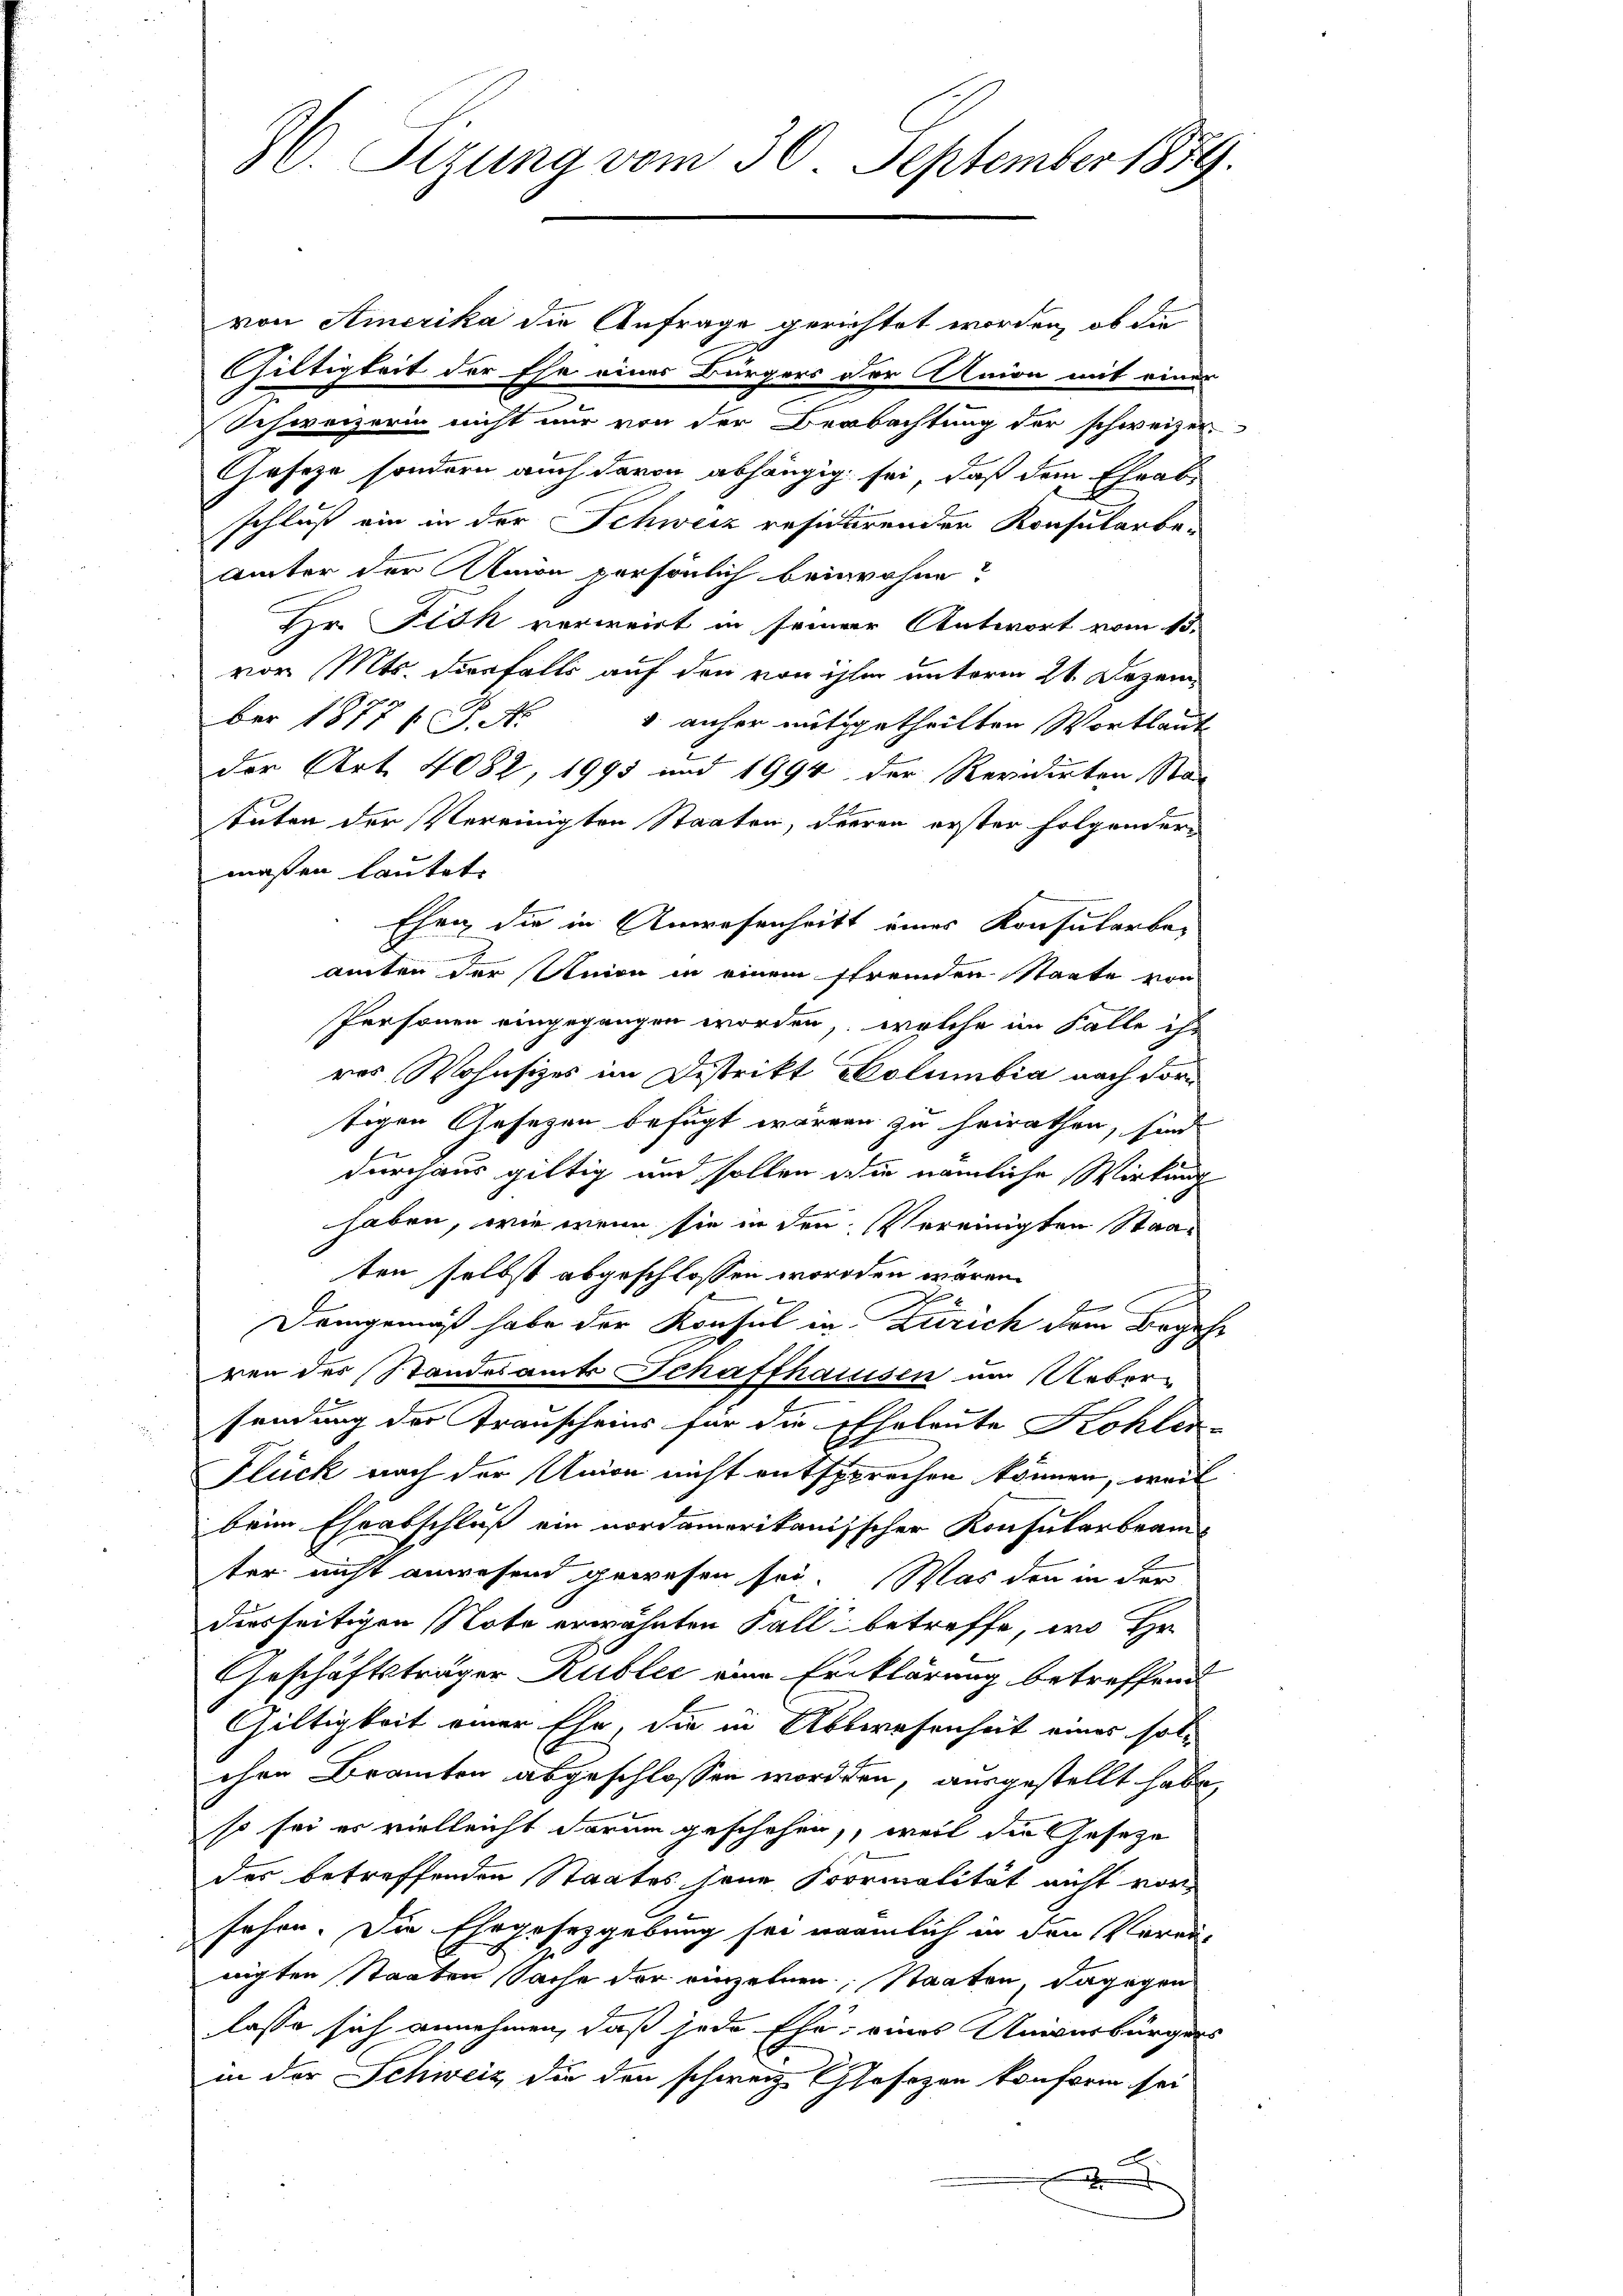
86. Sizung vom 30. September 1859.

von Amerika die Anfrage gerichtet worden, ob die
Gültigkeit der Ehe eines Bürgers der Union mit einer
Schweizerin nicht nur von der Beobachtung der schweizer-
Geseze sondern auch davon abhängig sei, daß dem Eheab-
schluß ein in der Schweiz residirenden Konsularbe
Unter der Union persönlich beiwohne?
Hr. Fick verweist in seiner Antwort vom 15.
vor. Mts. diesfalls auf den von ihrer unterm 21. Dezember 1877 f. J. N. 5 anher mitgetheilten Wortlaut
der Art. 4082, 1995 und 1994 der Revidirten Stad
tuten der Vereinigten Staaten, dieren erster folgender
maßen lautet.
Ehen die in Anwesenheitt eines Konsularbe-
amten der Union in einem ffremden Staate von
Personen eingegangen worden, welche im Falle ihr
res Wohnsizes im Distrikt Molumbia nach vortigen Gesezen befugt wären zu heirathen, sind
durchaus giltig und sollen die nämliche Wirkung
haben, wie wenn sie in den Vereinigten Staaten selbst abgeschlossen worden wären.
e
d
Demgemäß habe der Konsul in Zürich dem Begehr
ren der Standesamts Schaffhausen im Uebersendung der Trauscheins für die Eheleute Kohlen-
Flück nach der Union nicht entsprechen können, weil
beim Eheabschluß ein nordamerikanisscher Konsularbeamter nicht anwesend gewesen sei. Was den in der
diesseitigen Note erwähnten Fall betreffe, wo Hr.
Geschäftsträger Rubler eine Erklärung betreffend
Gültigkeit einer Ehe, die in Abwesenheit eines sol-
chen Branten abgeschlossen worden, ausgestellt habe,
so sei er vielleicht darum geschehen, weil die Geseze
des betreffenden Staates jene Formalität nicht vor
sehen. Die Ehegesetzgebung sei nämlich in den Voreih
d
nigten Staaten Sache der einzelnen, Staaten dagegen
lasse sich annehmen, daß jede Ehe, eines Univerbürgers
in der Schweiz die den schweiz. Gesezen konform sei